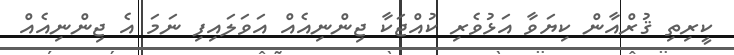
ކީރިތި ޤުރްއާން ކިޔަވާ އަޅުވެރި ކުއްޖަކާ ޖިންނިއެއް އަވަލައިފި ނަމަ އެ ޖިންނިއެއް